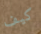
كيف